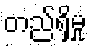
တည်ရှိမှု